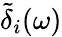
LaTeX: \tilde{\delta}_{i}(\omega)